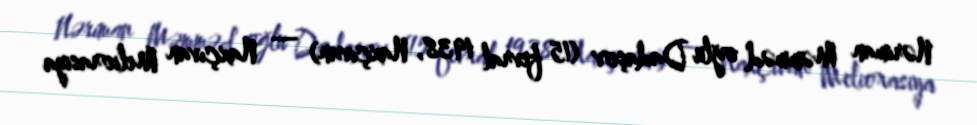
Nəriman Məmməd oğlu Dadaşov (15 fevral 1938, Naxçıvan) — Naxçıvan Meliorasiya